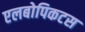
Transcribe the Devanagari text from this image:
एलबोपिकटस